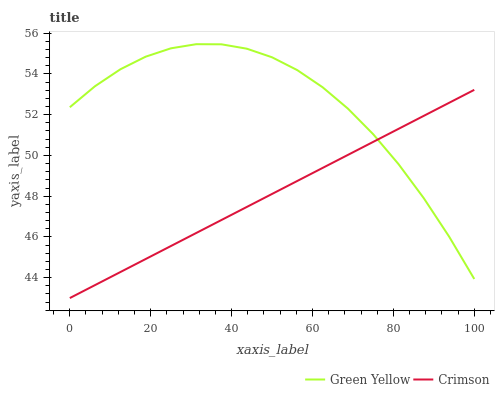
| xaxis_label | Green Yellow | Crimson |
 | --- | --- | --- |
 | 0 | 52.4 | 43 |
 | 6.25 | 53.4 | 43.6 |
 | 12.5 | 54.2 | 44.3 |
 | 18.8 | 54.8 | 44.9 |
 | 25 | 55.3 | 45.6 |
 | 31.2 | 55.5 | 46.2 |
 | 37.5 | 55.5 | 46.8 |
 | 43.8 | 55.2 | 47.5 |
 | 50 | 54.8 | 48.1 |
 | 56.2 | 54.2 | 48.7 |
 | 62.5 | 53.3 | 49.4 |
 | 68.8 | 52.3 | 50 |
 | 75 | 51 | 50.7 |
 | 81.2 | 49.6 | 51.3 |
 | 87.5 | 47.9 | 51.9 |
 | 93.8 | 46 | 52.6 |
 | 100 | 43.9 | 53.2 |